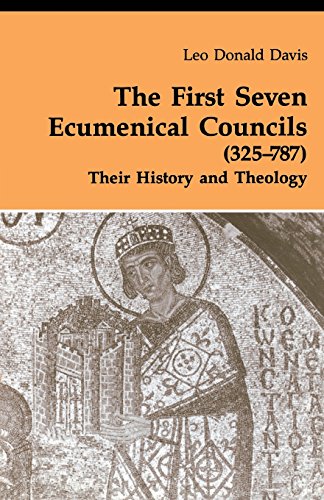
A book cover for The First Seven Ecumenical Councils (325-787): Their History and Theology (Theology and Life Series 21); Leo D. Davis SJ; Christian Books & Bibles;